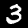
Digit: 3